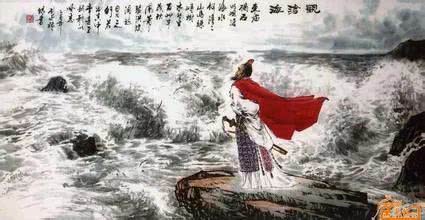
徒把金戈挽落晖，南冠无奈北风吹。